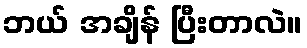
ဘယ် အချိန် ပြီးတာလဲ။